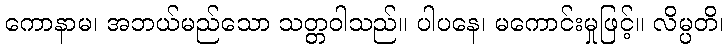
ကောနာမ၊ အဘယ်မည်သော သတ္တဝါသည်။ ပါပနေ၊ မကောင်းမှုဖြင့်။ လိမ္ပတိ၊